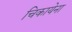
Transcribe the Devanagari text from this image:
चिकायेना